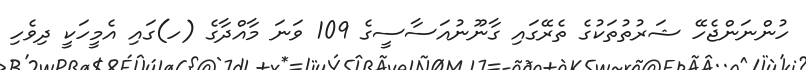
ހުންނަަންޖެހޭ ޝަރުތުތަކުގެ ތެރޭގައި ގާނޫނުއަސާސީގެ 109 ވަނަ މާއްދާގެ (ހ)ގައި އެމީހަކީ ދިވެހި